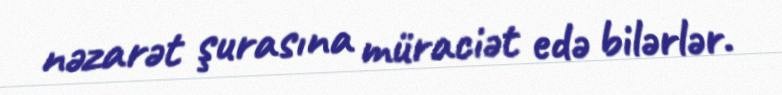
nəzarət şurasına müraciət edə bilərlər.